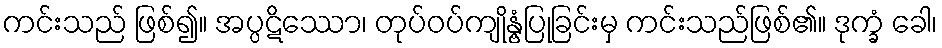
ကင်းသည် ဖြစ်၍။ အပ္ပဋိဿော၊ တုပ်ဝပ်ကျိုနွံ့ပြုခြင်းမှ ကင်းသည်ဖြစ်၏။ ဒုက္ခံ ခေါ၊